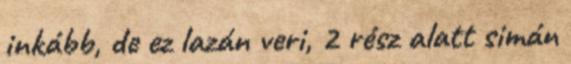
inkább, de ez lazán veri, 2 rész alatt simán